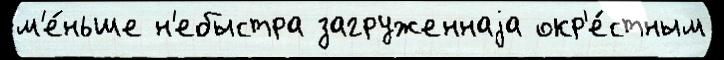
м'е́ньше н'ебыстра загруженнаjа окр'е́стным